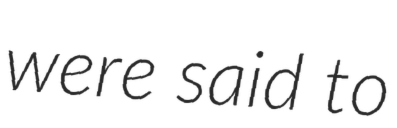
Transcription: were said to